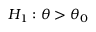
H _ { 1 } : \theta > \theta _ { 0 }